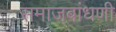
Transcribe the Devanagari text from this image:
समाजबांधणी